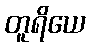
တူရိယေ